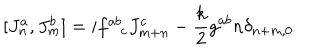
[ J _ { n } ^ { a } , J _ { m } ^ { b } ] = i f _ { c } ^ { a b } J _ { m + n } ^ { c } - { \frac { k } { 2 } } g ^ { a b } n \delta _ { n + m , 0 }